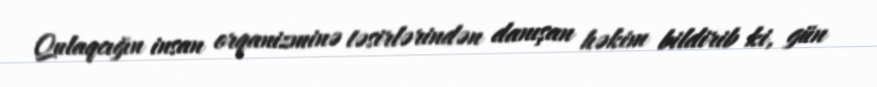
Qulaqcığın insan orqanizminə təsirlərindən danışan həkim bildirib ki, gün